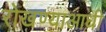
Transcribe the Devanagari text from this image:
रोखण्याआधी